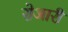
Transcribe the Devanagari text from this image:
रोआरी